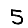
Digit: 5